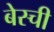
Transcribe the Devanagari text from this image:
बेस्ची